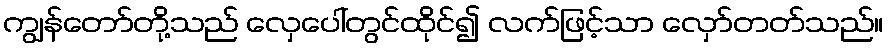
ကျွန်တော်တို့သည် လှေပေါ်တွင်ထိုင်၍ လက်ဖြင့်သာ လှော်တတ်သည်။